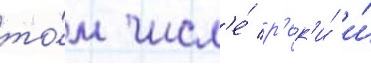
то́м числ'е́ р'ек'и́ и́